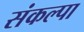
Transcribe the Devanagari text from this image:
संकल्पा